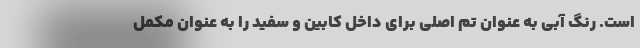
است. رنگ آبی به عنوان تم اصلی برای داخل کابین و سفید را به عنوان مکمل